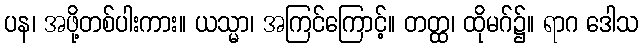
ပန၊ အဖို့တစ်ပါးကား။ ယသ္မာ၊ အကြင်ကြောင့်။ တတ္ထ၊ ထိုမဂ်၌။ ရာဂ ဒေါသ